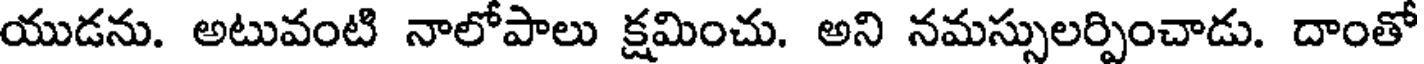
యుడను. అటువంటి నాలోపాలు క్షమించు. అని నమస్సులర్పించాడు. దాంతో